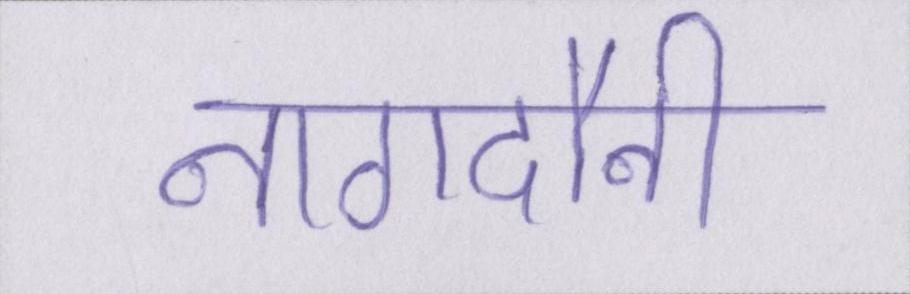
नागदौनी